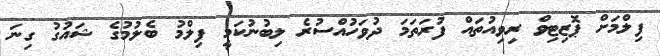
ފިލްމަށް ޕޮޒިޓިވް ރިވިއުތައް ފުރަތަމަ ދުވަހުއްސުރެ ލިބުނުކަމީ ފިލްމު ބެލުމުގެ ޝައުގު ގިނަ